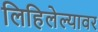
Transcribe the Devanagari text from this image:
लिहिलेल्यावर